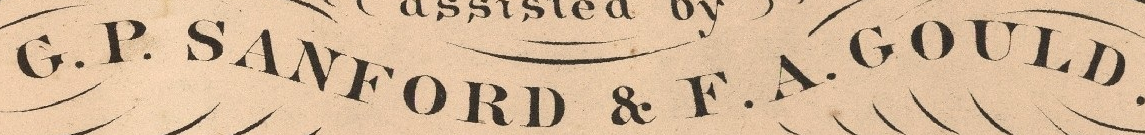
G.P.SANFORD & F.A.GOULD